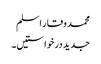
محمد وقار اسلم
جدید درخواستیں۔